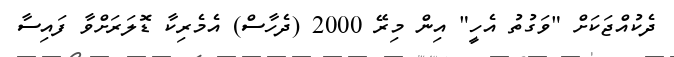
ދެކުއްޖަކަށް "ވަގުތު އެހީ" އިން މިރޭ 2000 (ދެހާސް) އެމެރިކާ ޑޮލަރަށްވާ ފައިސާ